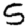
Digit: 5